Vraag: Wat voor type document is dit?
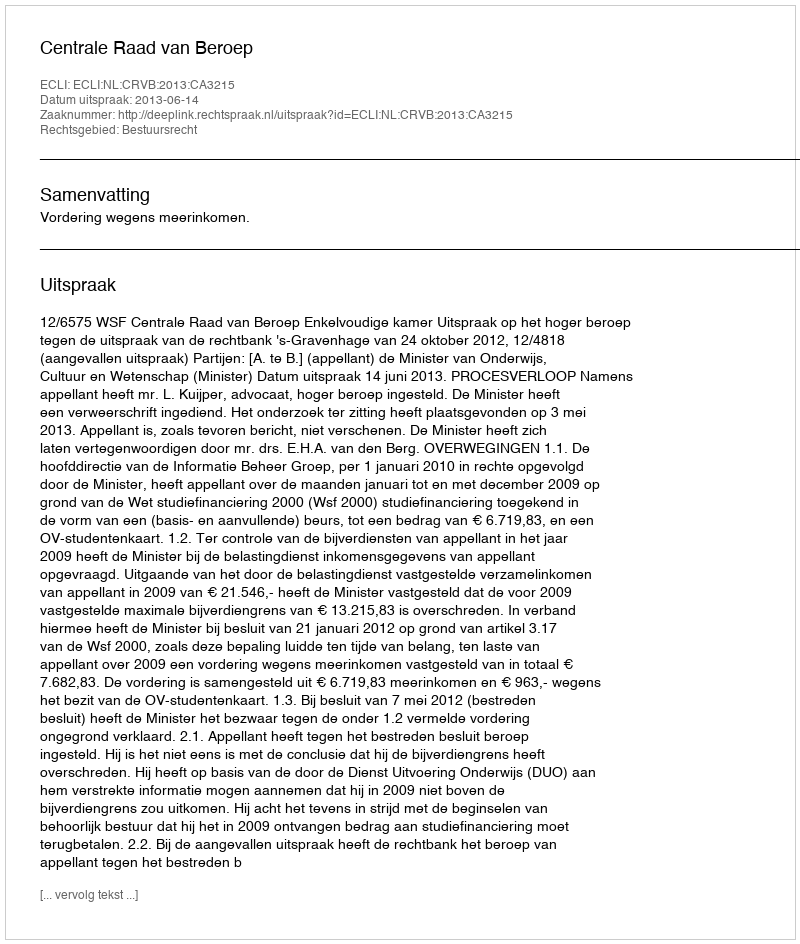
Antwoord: Uitspraak